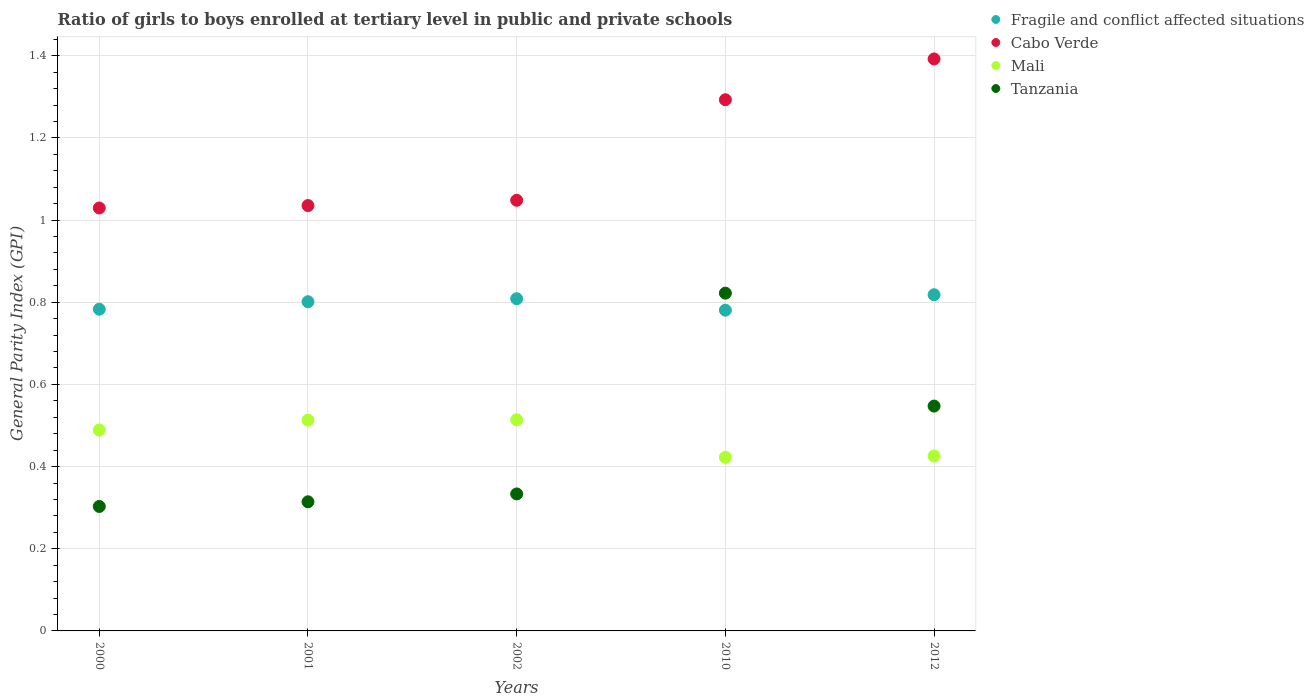
| Years | Fragile and conflict affected situations | Cabo Verde | Mali | Tanzania |
 | --- | --- | --- | --- | --- |
 | 2000 | 0.783 | 1.03 | 0.489 | 0.303 |
 | 2001 | 0.801 | 1.04 | 0.513 | 0.314 |
 | 2002 | 0.809 | 1.05 | 0.514 | 0.333 |
 | 2010 | 0.781 | 1.29 | 0.423 | 0.822 |
 | 2012 | 0.818 | 1.39 | 0.426 | 0.547 |